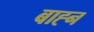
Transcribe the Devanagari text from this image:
बाह्न